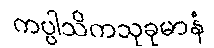
ကပ္ပါသိကသုခုမာနံ